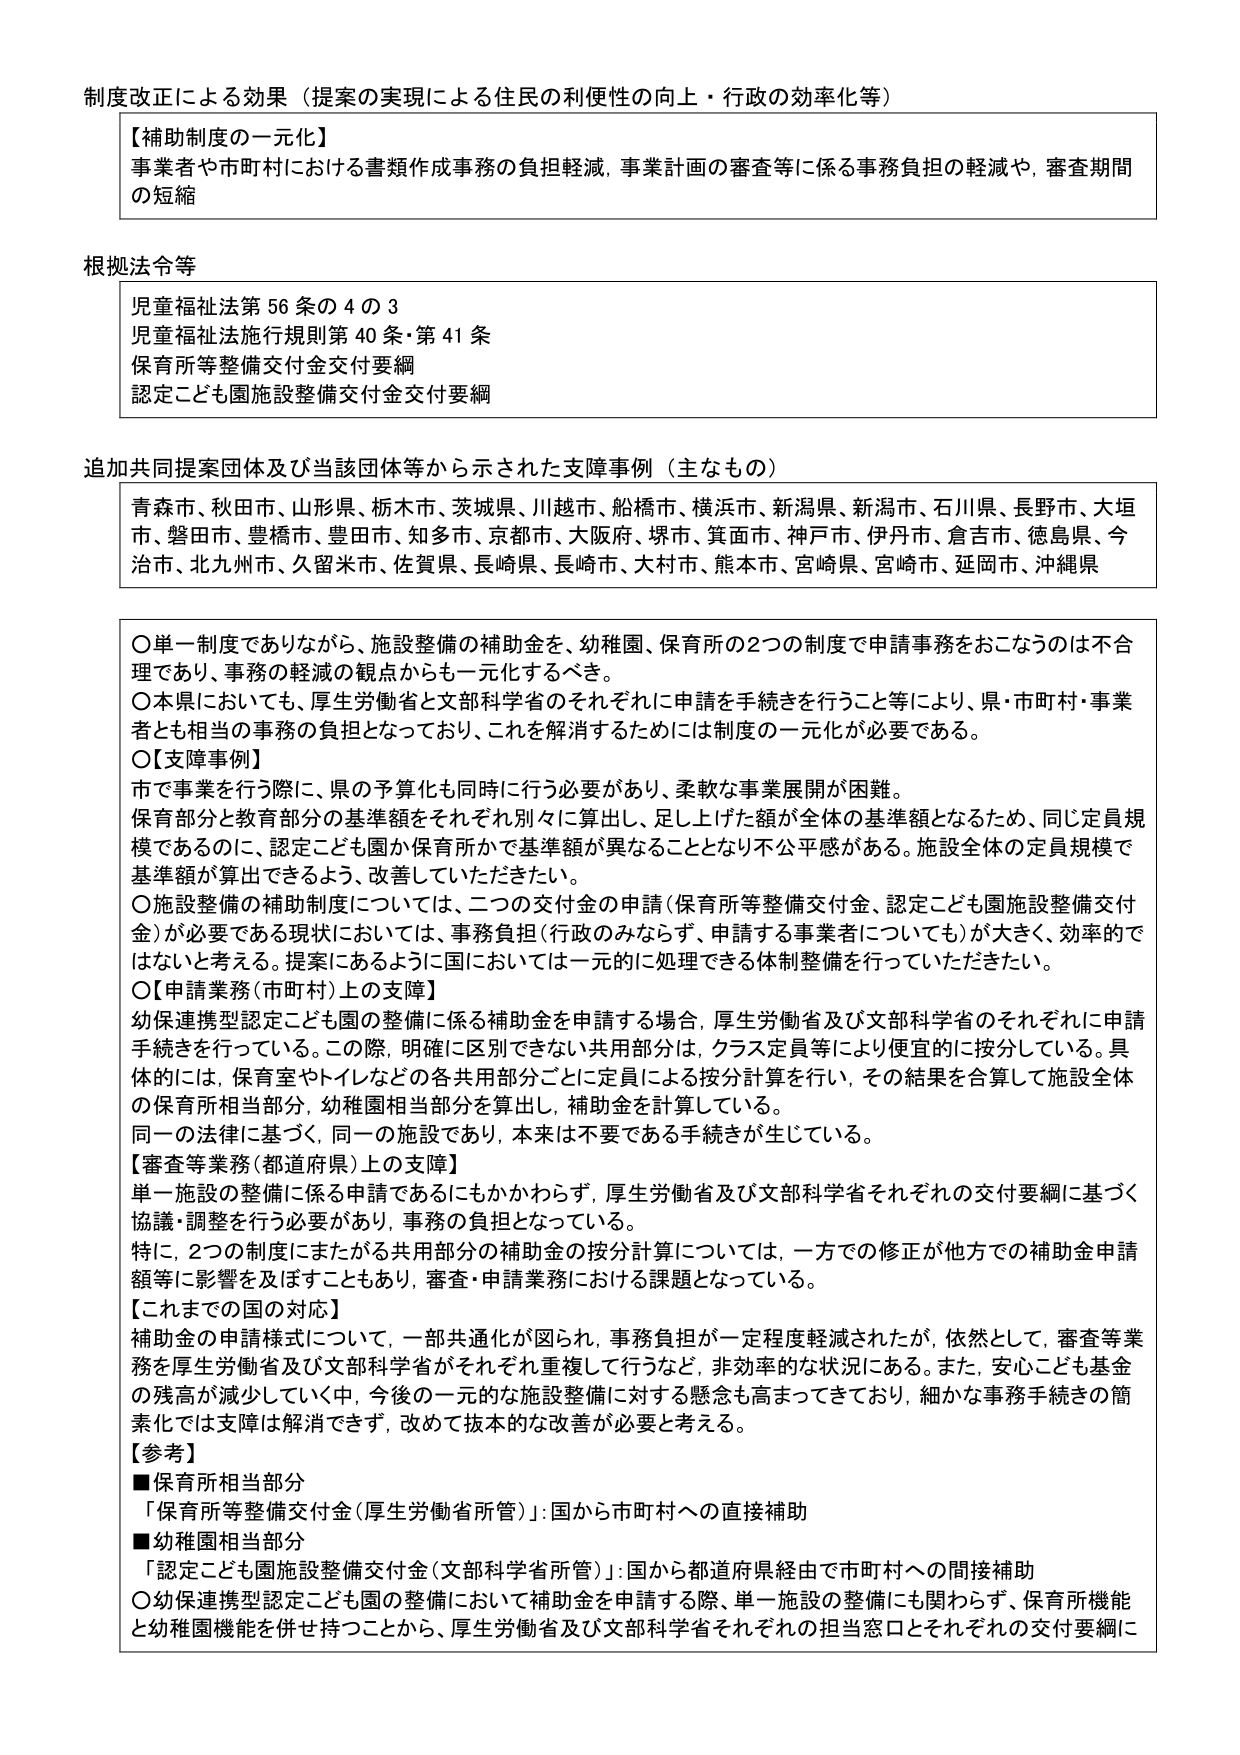
制度改正による効果（提案の実現による住民の利便性の向上・行政の効率化等）

【補助制度の一元化】
事業者や市町村における書類作成事務の負担軽減、事業計画の審査等に係る事務負担の軽減や、審査期間の短縮

根拠法令等
児童福祉法第56条の4の3
児童福祉法施行規則第40条・第41条
保育所等整備交付金交付要綱
認定こども園施設整備交付金交付要綱

追加共同提案団体及び当該団体等から示された支援事例（主なもの）
青森市、秋田市、山形県、栃木市、茨城県、川越市、船橋市、横浜市、新潟県、新潟市、石川県、長野市、大垣市、磐田市、豊橋市、豊田市、知多市、京都市、大阪府、堺市、箕面市、神戸市、伊丹市、倉吉市、徳島県、今治市、北九州市、久留米市、佐賀県、長崎県、長崎市、大村市、熊本市、宮崎県、宮崎市、延岡市、沖縄県

○単一制度でありながら、施設整備の補助金を、幼稚園、保育所の2つの制度で申請事務をおこなうのは不合理であり、事務の軽減の観点からも一元化するべき。
○本県においても、厚生労働省と文部科学省のそれぞれに申請を手続きを行うこと等により、県・市町村・事業者とも相当の事務の負担となっており、これを解消するためには制度の一元化が必要である。
○【支援事例】
市で事業を行う際に、県の予算化も同時に行う必要があり、柔軟な事業展開が困難。
保育部分と教育部分の基準額をそれぞれ別々に算出し、足し上げた額が全体の基準額となるため、同じ定員規模であるのに、認定こども園か保育所かで基準額が異なることとなり不公平感がある。施設全体の定員規模で基準額が算出できるよう、改善していただきたい。
○施設整備の補助制度については、二つの交付金の申請（保育所等整備交付金、認定こども園施設整備交付金）が必要である現状においては、事務負担（行政のみならず、申請する事業者についても）が大きく、効率的ではないと考える。提案にあるように国においては一元的に処理できる体制整備を行っていただきたい。
○【申請業務（市町村）上の支援】
幼保連携型認定こども園の整備に係る補助金を申請する場合、厚生労働省及び文部科学省のそれぞれに申請手続きを行っている。この際、明確に区別できない共用部分は、クラス定員等により便宜的に按分している。具体的には、保育室やトイレなどの各共用部分ごとに定員による按分計算を行い、その結果を合算して施設全体の保育所相当部分、幼稚園相当部分を算出し、補助金を計算している。
同一の法律に基づく、同一の施設であり、本来は不要である手続きが生じている。
【審査等業務（都道府県）上の支援】
単一施設の整備に係る申請であるにもかかわらず、厚生労働省及び文部科学省それぞれの交付要綱に基づく協議・調整を行う必要があり、事務の負担となっている。
特に、2つの制度にまたがる共用部分の補助金の按分計算については、一方での修正が他方での補助金申請額等に影響を及ぼすこともあり、審査・申請業務における課題となっている。
【これまでの国の対応】
補助金の申請様式について、一部共通化が図られ、事務負担が一定程度軽減されたが、依然として、審査等業務を厚生労働省及び文部科学省がそれぞれ重複して行うなど、非効率的な状況にある。また、安心こども基金の残高が減少していく中、今後の一元的な施設整備に対する懸念も高まってきており、細かな事務手続きの簡素化では支援は解消できず、改めて抜本的な改善が必要と考える。
【参考】
■保育所相当部分
「保育所等整備交付金（厚生労働省所管）」：国から市町村への直接補助
■幼稚園相当部分
「認定こども園施設整備交付金（文部科学省所管）」：国から都道府県経由で市町村への間接補助
○幼保連携型認定こども園の整備において補助金を申請する際、単一施設の整備にも関わらず、保育所機能と幼稚園機能を併せ持つことから、厚生労働省及び文部科学省それぞれの担当窓口とそれぞれの交付要綱に